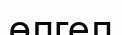
өлгел